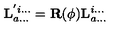
\mathbf { L } _ { a . . . } ^ { ' i . . . } = \mathbf { R } ( \phi ) \mathbf { L } _ { a . . . } ^ { i . . . }